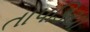
તાપડિયા